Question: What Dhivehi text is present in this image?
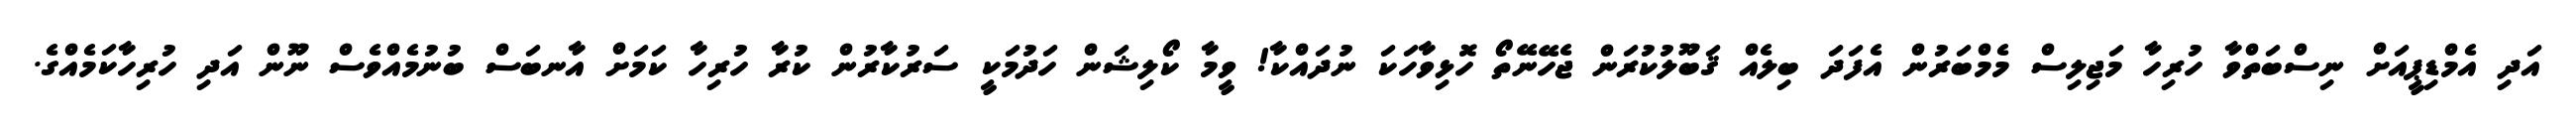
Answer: އަދި އެމްޑިޕީއަށް ނިސްބަތްވާ ހުރިހާ މަޖިލިސް މެމްބަރުން އެފަދަ ބިލެއް ޤަބޫލުކުރަން ޖެހޭނޭތޯ ހޮޅިވާހަކަ ނުދައްކާ! ވީމާ ކޯލިޝަން ހަދުމަކީ ސަރުކާރުން ކުރާ ހުރިހާ ކަމަށް އާނބަސް ބުނުމެއްވެސް ނޫން އަދި ހުރިހާކަމެއްގެ.